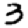
Digit: 3